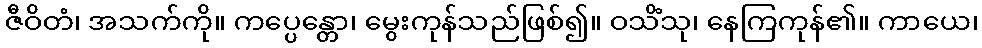
ဇီဝိတံ၊ အသက်ကို။ ကပ္ပေန္တော၊ မွေးကုန်သည်ဖြစ်၍။ ဝသိံသု၊ နေကြကုန်၏။ ကာယေ၊